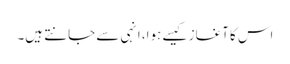
اس کا آغاز کیسے ہوا، انہی سے جانتے ہیں۔